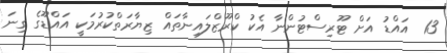
13  އައްޑު އަށް ޓޫރިސްޓުންނާ އެކު ކްރޫޒްލައިނާތައް ޒިޔާރަތްކުރުމަކީ އައްޑޫގެ ގިނަ